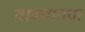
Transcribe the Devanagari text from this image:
वाढवायचा